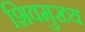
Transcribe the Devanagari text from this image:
शिवमुख्य